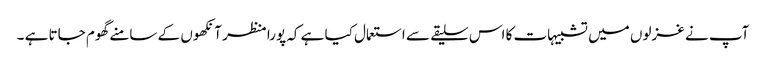
آپ نے غزلوں میں تشبیہات کا اس سلیقے سے استعمال کیا ہے کہ پورا منظر آنکھوں کے سامنے گھوم جاتا ہے ۔